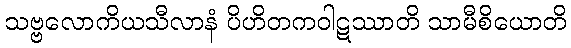
သဗ္ဗလောကိယသီလာနံ ပိဟိတကဝါဋဿာတိ သာမီစိယောတိ